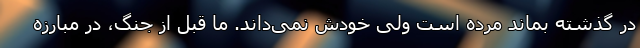
در گذشته بماند مرده است ولی خودش نمی‌داند. ما قبل از جنگ، در مبارزه